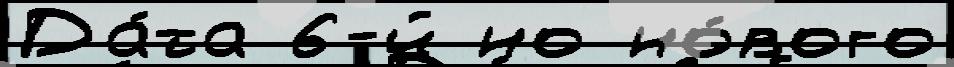
Да́та 6-й но но́вого